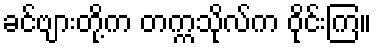
ခင်ဗျားတို့က တက္ကသိုလ်က ဝိုင်းကြ။